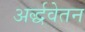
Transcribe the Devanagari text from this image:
अर्द्धवेतन